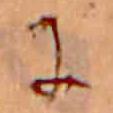
に